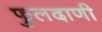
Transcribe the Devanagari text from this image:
फुलदाणी